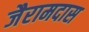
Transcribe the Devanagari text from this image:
जैरामदास